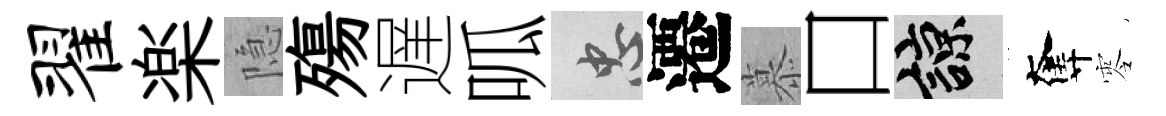
翟楽隐殤遅呱忠遷慕口諒奪零